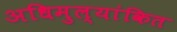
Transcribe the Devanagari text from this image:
अधिमुल्यांकित